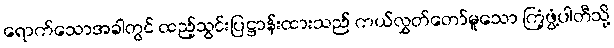
ရောက်သောအခါတွင် ထည့်သွင်းပြဋ္ဌာန်းထားသည် ကယ်လွှတ်တော်မူသော ကြံ့ဖွံ့ပါတီသို့